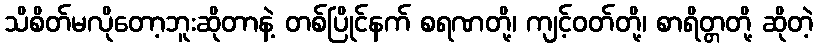
သိစိတ်မလိုတော့ဘူးဆိုတာနဲ့ တစ်ပြိုင်နက် စရဏတို့၊ ကျင့်ဝတ်တို့၊ စာရိတ္တတို့ ဆိုတဲ့